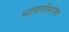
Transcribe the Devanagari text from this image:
भावगीतांना